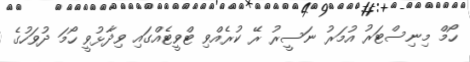
ހޯމް މިނިސްޓަރު އުމަރު ނަސީރު ރޭ ކުރެއްވި ޓްވީޓެއްގައި ވިދާޅުވީ ހޯމަ ދުވަހުގެ